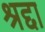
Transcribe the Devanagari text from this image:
श्रद्दा